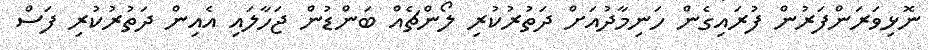
ނޮޅިވަރަންފަރުން ފުރައިގެން ހަނިމާދުއަށް ދަތުރުކުރި ލޯންޗެއް ބަންޑުން ޖަހާލައި އެއިން ދަތުރުކުރި ފަސް